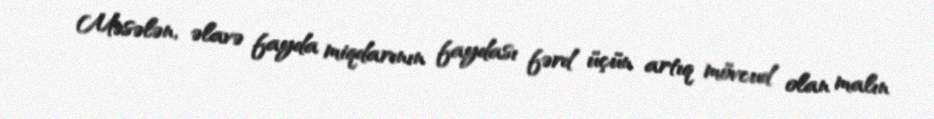
Məsələn, əlavə fayda miqdarının faydası fərd üçün artıq mövcud olan malın